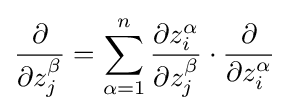
{\frac {\partial }{\partial z_{j}^{\beta }}}=\sum _{\alpha =1}^{n}{\frac {\partial z_{i}^{\alpha }}{\partial z_{j}^{\beta }}}\cdot {\frac {\partial }{\partial z_{i}^{\alpha }}}